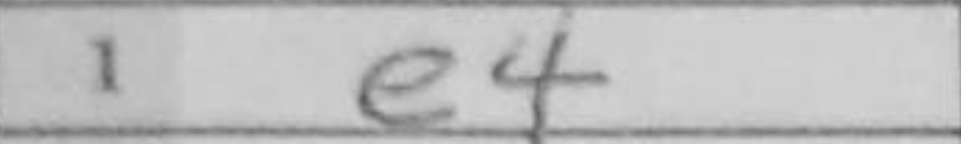
Transcription: e4